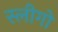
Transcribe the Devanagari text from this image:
स्लीगो